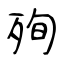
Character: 殉